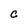
Character: C